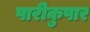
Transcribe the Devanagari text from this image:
पारीकुपार